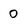
Character: 0